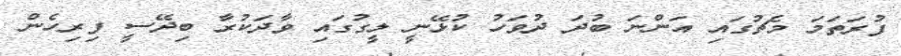
ފުރަތަމަ މެޗުގައި އަންނަ ބުދަ ދުވަހު ކުޅޭނީ ލީގުގައި ވާދަކުރާ ބިދޭސީ ފިރިހެން